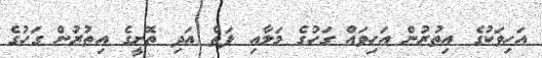
އަހިވަކުގެ އިތުރުން އަހިވައް ގަހުގެ މަލާއި ފަތް އަދި ތޮށީގެ އިތުރުން ގަހުގެ